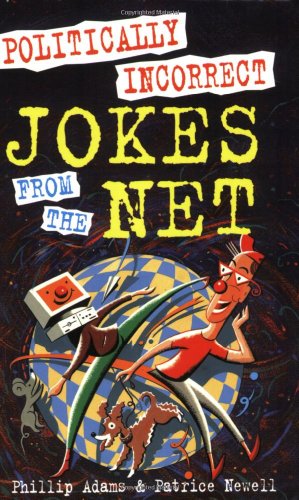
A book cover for Politically Incorrect Jokes from the Net; Phillip Adams; Humor & Entertainment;